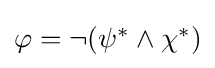
{\textstyle \varphi =\neg (\psi ^{*}\land \chi ^{*})}